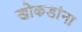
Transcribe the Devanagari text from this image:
खोकडांना